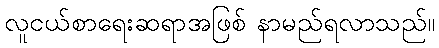
လူငယ်စာရေးဆရာအဖြစ် နာမည်ရလာသည်။